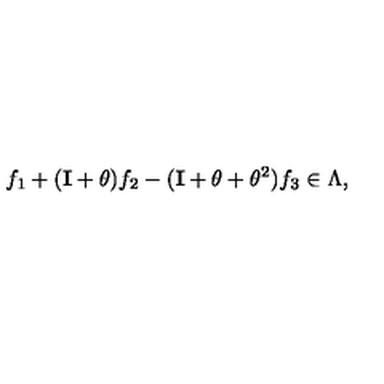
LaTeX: f _ { 1 } + ( { \bf I } + \theta ) f _ { 2 } - ( { \bf I } + \theta + \theta ^ { 2 } ) f _ { 3 } \in \Lambda ,